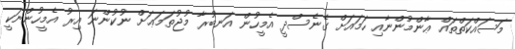
މަސައްކަތްތައް ޢާންމުންނާއި ހަމައަށް ގެނެސްދީ އެމީހުން އަނބުރާ މުޖުތަމަޢަށް ނުކުންނަ އިރު އެމީހުންނަކީ